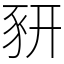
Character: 豜